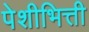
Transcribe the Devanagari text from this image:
पेशीभित्ती